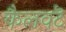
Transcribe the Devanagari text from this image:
कैलवटॆ